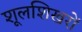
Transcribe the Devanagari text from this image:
शूलशिखरों